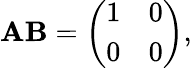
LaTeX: \mathbf{AB}={\left(\begin{array}{ll}{1}&{0}\\ {0}&{0}\end{array}\right)},